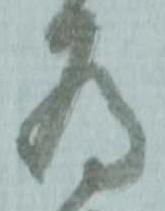
為